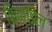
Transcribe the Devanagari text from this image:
किन्डिल